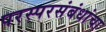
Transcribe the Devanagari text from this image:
परस्परसंबंधांचा